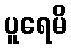
ပူရေမိ